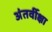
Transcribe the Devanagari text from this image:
अंतर्वीक्षा